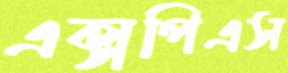
এক্সপিএস